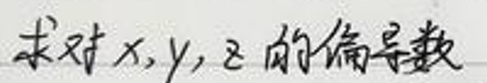
求对 \(x, y, z\) 的偏导数